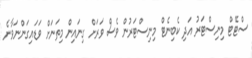
ސްޓޭޓް މިނިސްޓަރު އަދި ކެބިނެޓް މިނިސްޓަރުން ވެސް ވަރަށް ގިނައިން މިތަނަށް ވަޑައިގަންނަވާނެ